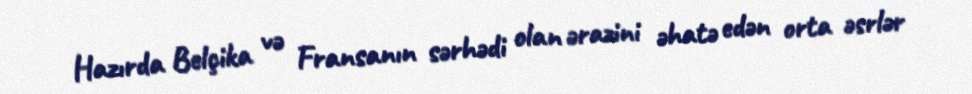
Hazırda Belçika və Fransanın sərhədi olan ərazini əhatə edən orta əsrlər